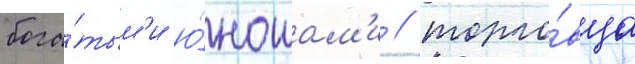
бога́тым'и ю́ношам'и / торго́вца